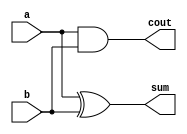
// 1  - 
module half_adder1(a,b,sum,cout);
input a,b;
output sum,cout;
and(cout,a,b);  // cout = a & b;
xor(sum,a,b);   // sum = a ^ b;
endmodule